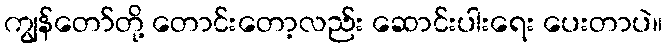
ကျွန်တော်တို့ တောင်းတော့လည်း ဆောင်းပါးရေး ပေးတာပဲ။